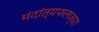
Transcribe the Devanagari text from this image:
मंदांत्यफलज्या